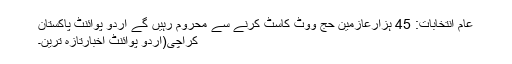
عام انتخابات: 45 ہزارعازمین حج ووٹ کاسٹ کرنے سے محروم رہیں گے اُردو پوائنٹ پاکستان
کراچی(اُردو پوائنٹ اخبارتازہ ترین۔